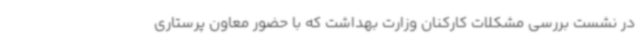
در نشست بررسی مشکلات کارکنان وزارت بهداشت که با حضور معاون پرستاری